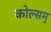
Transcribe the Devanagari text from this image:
कोल्सम्‌